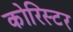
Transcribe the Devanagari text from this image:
कोरिस्टर